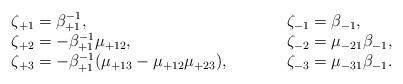
LaTeX: \begin{align*}\begin{array}{lcl}\zeta_{+1} = \beta_{+1}^{-1}, &\qquad& \zeta_{-1} = \beta_{-1}, \\\zeta_{+2} = -\beta_{+1}^{-1} \mu_{+12}, &\qquad& \zeta_{-2} =\mu_{-21} \beta_{-1}, \\\zeta_{+3} = - \beta_{+1}^{-1} (\mu_{+13} - \mu_{+12} \mu_{+23}),&\qquad& \zeta_{-3} = \mu_{-31} \beta_{-1}.\end{array}\end{align*}